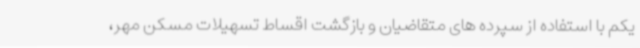
یکم با استفاده از سپرده های متقاضیان و بازگشت اقساط تسهیلات مسکن مهر،